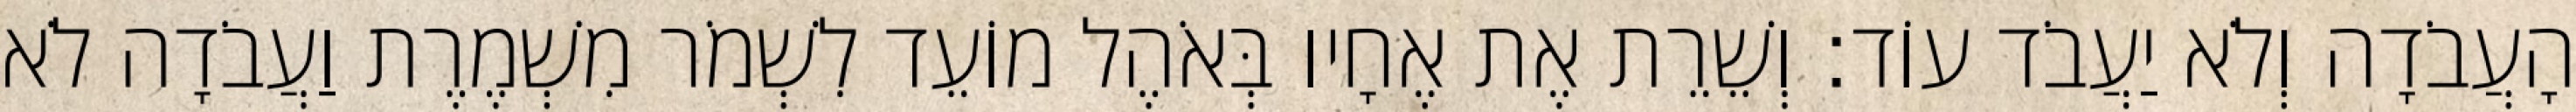
הָעֲבֹדָה וְלֹא יַעֲבֹד עוֹד׃ וְשֵׁרֵת אֶת אֶחָיו בְּאֹהֶל מוֹעֵד לִשְׁמֹר מִשְׁמֶרֶת וַעֲבֹדָה לֹא